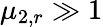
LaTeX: \mu_{2,r}\gg 1